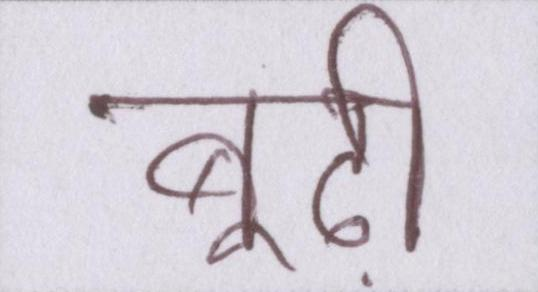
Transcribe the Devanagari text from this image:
बूढ़ी